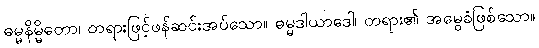
ဓမ္မနိမ္မိတော၊ တရားဖြင့်ဖန်ဆင်းအပ်သော။ ဓမ္မဒါယာဒေါ၊ တရား၏ အမွေခံဖြစ်သော။